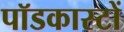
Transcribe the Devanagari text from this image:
पॉडकास्टों